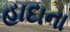
હાદાના